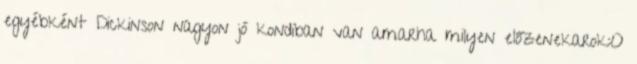
egyébként Dickinson nagyon jó kondiban van amarha milyen előzenekarok:O